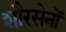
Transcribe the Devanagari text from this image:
शौरसेनों